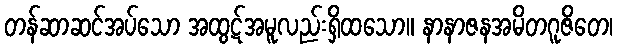
တန်ဆာဆင်အပ်သော အထွဋ်အမူလည်းရှိထသော။ နာနာဇနအမိတဂူဇိတေ၊